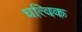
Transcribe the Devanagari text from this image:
धत्विक